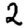
Digit: 2